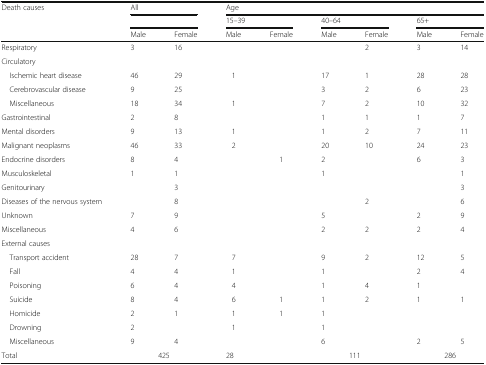
<table><thead><tr><td rowspan="3"><b>Death causes</b></td><td colspan="2"><b>All</b></td><td colspan="6"><b>Age</b></td></tr><tr><td colspan="2"></td><td colspan="2"><b>15–39</b></td><td colspan="2"><b>40–64</b></td><td colspan="2"><b>65+</b></td></tr><tr><td><b>Male</b></td><td><b>Female</b></td><td><b>Male</b></td><td><b>Female</b></td><td><b>Male</b></td><td><b>Female</b></td><td><b>Male</b></td><td><b>Female</b></td></tr></thead><tbody><tr><td>Respiratory</td><td>3</td><td>16</td><td></td><td></td><td></td><td>2</td><td>3</td><td>14</td></tr><tr><td colspan="9">Circulatory</td></tr><tr><td> Ischemic heart disease</td><td>46</td><td>29</td><td>1</td><td></td><td>17</td><td>1</td><td>28</td><td>28</td></tr><tr><td> Cerebrovascular disease</td><td>9</td><td>25</td><td></td><td></td><td>3</td><td>2</td><td>6</td><td>23</td></tr><tr><td> Miscellaneous</td><td>18</td><td>34</td><td>1</td><td></td><td>7</td><td>2</td><td>10</td><td>32</td></tr><tr><td>Gastrointestinal</td><td>2</td><td>8</td><td></td><td></td><td>1</td><td>1</td><td>1</td><td>7</td></tr><tr><td>Mental disorders</td><td>9</td><td>13</td><td>1</td><td></td><td>1</td><td>2</td><td>7</td><td>11</td></tr><tr><td>Malignant neoplasms</td><td>46</td><td>33</td><td>2</td><td></td><td>20</td><td>10</td><td>24</td><td>23</td></tr><tr><td>Endocrine disorders</td><td>8</td><td>4</td><td></td><td>1</td><td>2</td><td></td><td>6</td><td>3</td></tr><tr><td>Musculoskeletal</td><td>1</td><td>1</td><td></td><td></td><td>1</td><td></td><td></td><td>1</td></tr><tr><td>Genitourinary</td><td></td><td>3</td><td></td><td></td><td></td><td></td><td></td><td>3</td></tr><tr><td>Diseases of the nervous system</td><td></td><td>8</td><td></td><td></td><td></td><td>2</td><td></td><td>6</td></tr><tr><td>Unknown</td><td>7</td><td>9</td><td></td><td></td><td>5</td><td></td><td>2</td><td>9</td></tr><tr><td>Miscellaneous</td><td>4</td><td>6</td><td></td><td></td><td>2</td><td>2</td><td>2</td><td>4</td></tr><tr><td colspan="9">External causes</td></tr><tr><td> Transport accident</td><td>28</td><td>7</td><td>7</td><td></td><td>9</td><td>2</td><td>12</td><td>5</td></tr><tr><td> Fall</td><td>4</td><td>4</td><td>1</td><td></td><td>1</td><td></td><td>2</td><td>4</td></tr><tr><td> Poisoning</td><td>6</td><td>4</td><td>4</td><td></td><td>1</td><td>4</td><td>1</td><td></td></tr><tr><td> Suicide</td><td>8</td><td>4</td><td>6</td><td>1</td><td>1</td><td>2</td><td>1</td><td>1</td></tr><tr><td> Homicide</td><td>2</td><td>1</td><td>1</td><td>1</td><td>1</td><td></td><td></td><td></td></tr><tr><td> Drowning</td><td>2</td><td></td><td>1</td><td></td><td>1</td><td></td><td></td><td></td></tr><tr><td> Miscellaneous</td><td>9</td><td>4</td><td></td><td></td><td>6</td><td></td><td>2</td><td>5</td></tr><tr><td>Total</td><td colspan="2">425</td><td colspan="2">28</td><td colspan="2">111</td><td colspan="2">286</td></tr></tbody></table>